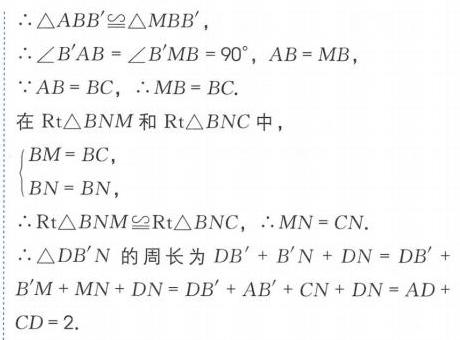
\(\therefore\triangle ABB'\cong\triangle MBB'\)，
\(\therefore\angle B'AB=\angle B'MB = 90^{\circ}\), \(AB = MB\)，
\(\because AB = BC\)，\(\therefore MB = BC\).
在\(\text{Rt}\triangle BNM\)和\(\text{Rt}\triangle BNC\)中，
\(\begin{cases}BM = BC,\\BN = BN,\end{cases}\)
\(\therefore\text{Rt}\triangle BNM\cong\text{Rt}\triangle BNC\)，\(\therefore MN = CN\).
\(\therefore\triangle DB'N\)的周长为\(DB'+B'N + DN=DB'+B'M + MN + DN=DB'+AB'+CN + DN=AD + CD = 2\).